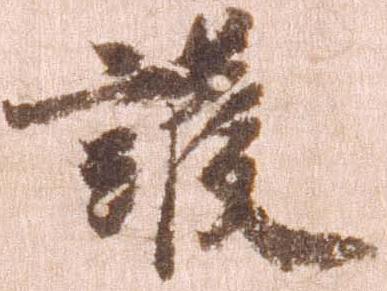
護